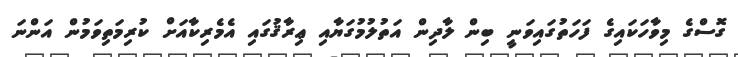
ގޮސްގެ މިވާހަކައިގެ ފަހަތުގައިވަނީ ބިން ލާދިން އަތުލުމުގަޔާއި ޢިރާޤުގައި އެމެރިކާއަށް ކުރިމަތިވަމުން އަންނަ